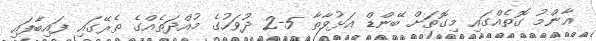
ޢާންމު ގޮތެއްގައި މިގޮތަށް ބޭންޑް އަޅުވާތާ 5-2 ދުވަހުގެ މުއްދަތެއްގެ ތެރޭގައި ފައިބާފައި